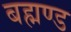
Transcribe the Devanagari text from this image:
बह्मण्ड